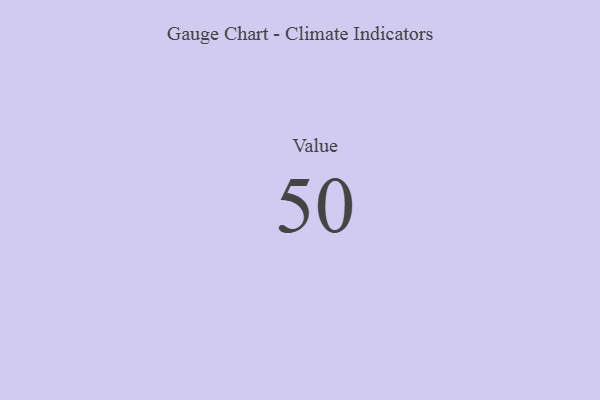
{"axis": {"x": "Metric", "y": "Value"}, "legend": [""], "data": [{"x": "Value", "y": 50, "type": ""}]}